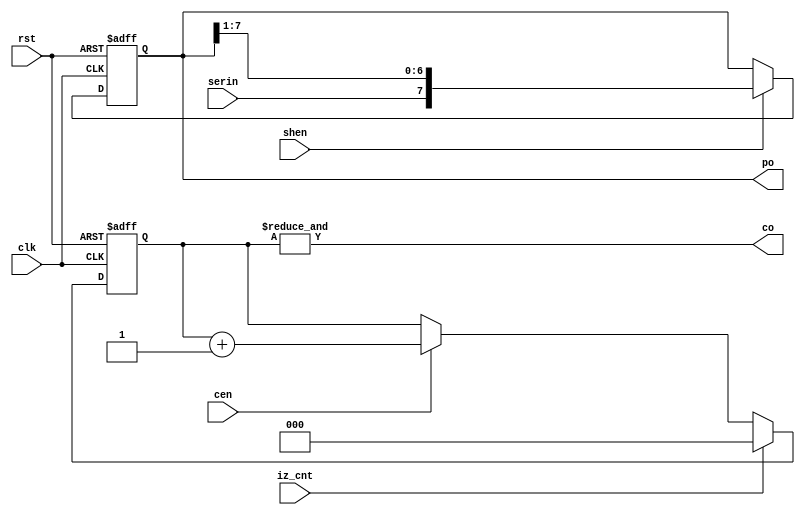
`timescale 1ns/1ns
module GetInputNumber(input iz_cnt, cen, shen, clk, rst, serin, output co, output [7:0] po);
	reg [2:0] cnt_po = 3'b0;
	always @(posedge clk, posedge rst) begin
		if (rst)
			cnt_po <= 3'b0;
		else if (iz_cnt)
			cnt_po <= 3'b0;
		else begin
			if (cen)
				cnt_po <= cnt_po + 1;
			else
				cnt_po <= cnt_po;
		end
	end

	assign co = &{cnt_po};

	reg [7:0] shf_po = 8'b0;
	always @(posedge clk, posedge rst) begin
		if (rst)
			shf_po <= 8'b0;
		else begin
			if (shen)
				shf_po <= {serin, shf_po[7:1]};
			else
				shf_po <= shf_po;
		end
	end

	assign po = shf_po;
endmodule